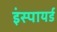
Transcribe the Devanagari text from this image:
इंस्पायर्ड